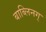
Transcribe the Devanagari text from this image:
बाब्लिनग्